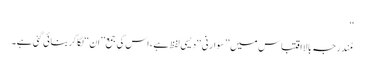
‘‘
مُندرجہ بالااقتباس میں ’’سوارنی‘‘ دیسی لفظ ہے ، اس کی جمع’’ان‘‘لگاکربنائی گئی ہے۔